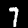
Label: 7